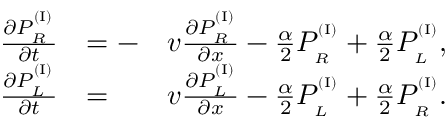
\begin{array} { r l r } { \frac { \partial P _ { _ R } ^ { ^ { ( \mathrm { I } ) } } } { \partial t } } & { = - } & { v \frac { \partial P _ { _ R } ^ { ^ { ( \mathrm { I } ) } } } { \partial x } - \frac { \alpha } { 2 } P _ { _ R } ^ { ^ { ( \mathrm { I } ) } } + \frac { \alpha } { 2 } P _ { _ L } ^ { ^ { ( \mathrm { I } ) } } , } \\ { \frac { \partial P _ { _ L } ^ { ^ { ( \mathrm { I } ) } } } { \partial t } } & { = } & { v \frac { \partial P _ { _ L } ^ { ^ { ( \mathrm { I } ) } } } { \partial x } - \frac { \alpha } { 2 } P _ { _ L } ^ { ^ { ( \mathrm { I } ) } } + \frac { \alpha } { 2 } P _ { _ R } ^ { ^ { ( \mathrm { I } ) } } . } \end{array}